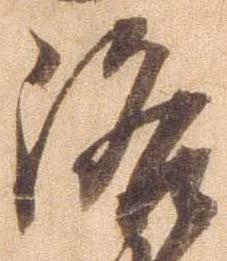
洛